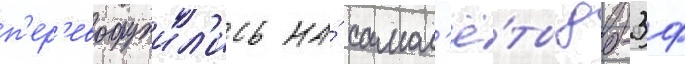
п'ер'евооружил'ись на́ самол'ё́ты дб-3ф